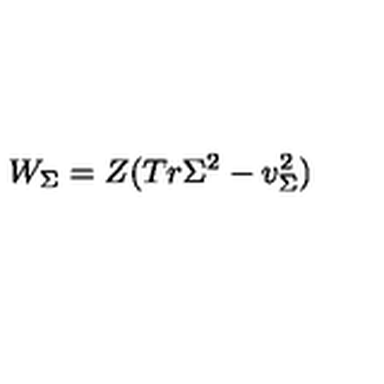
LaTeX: W _ { \Sigma } = Z ( T r \Sigma ^ { 2 } - v _ { \Sigma } ^ { 2 } )